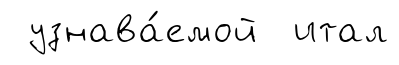
узнава́емой итал